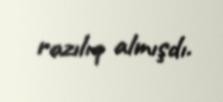
razılıq almışdı.